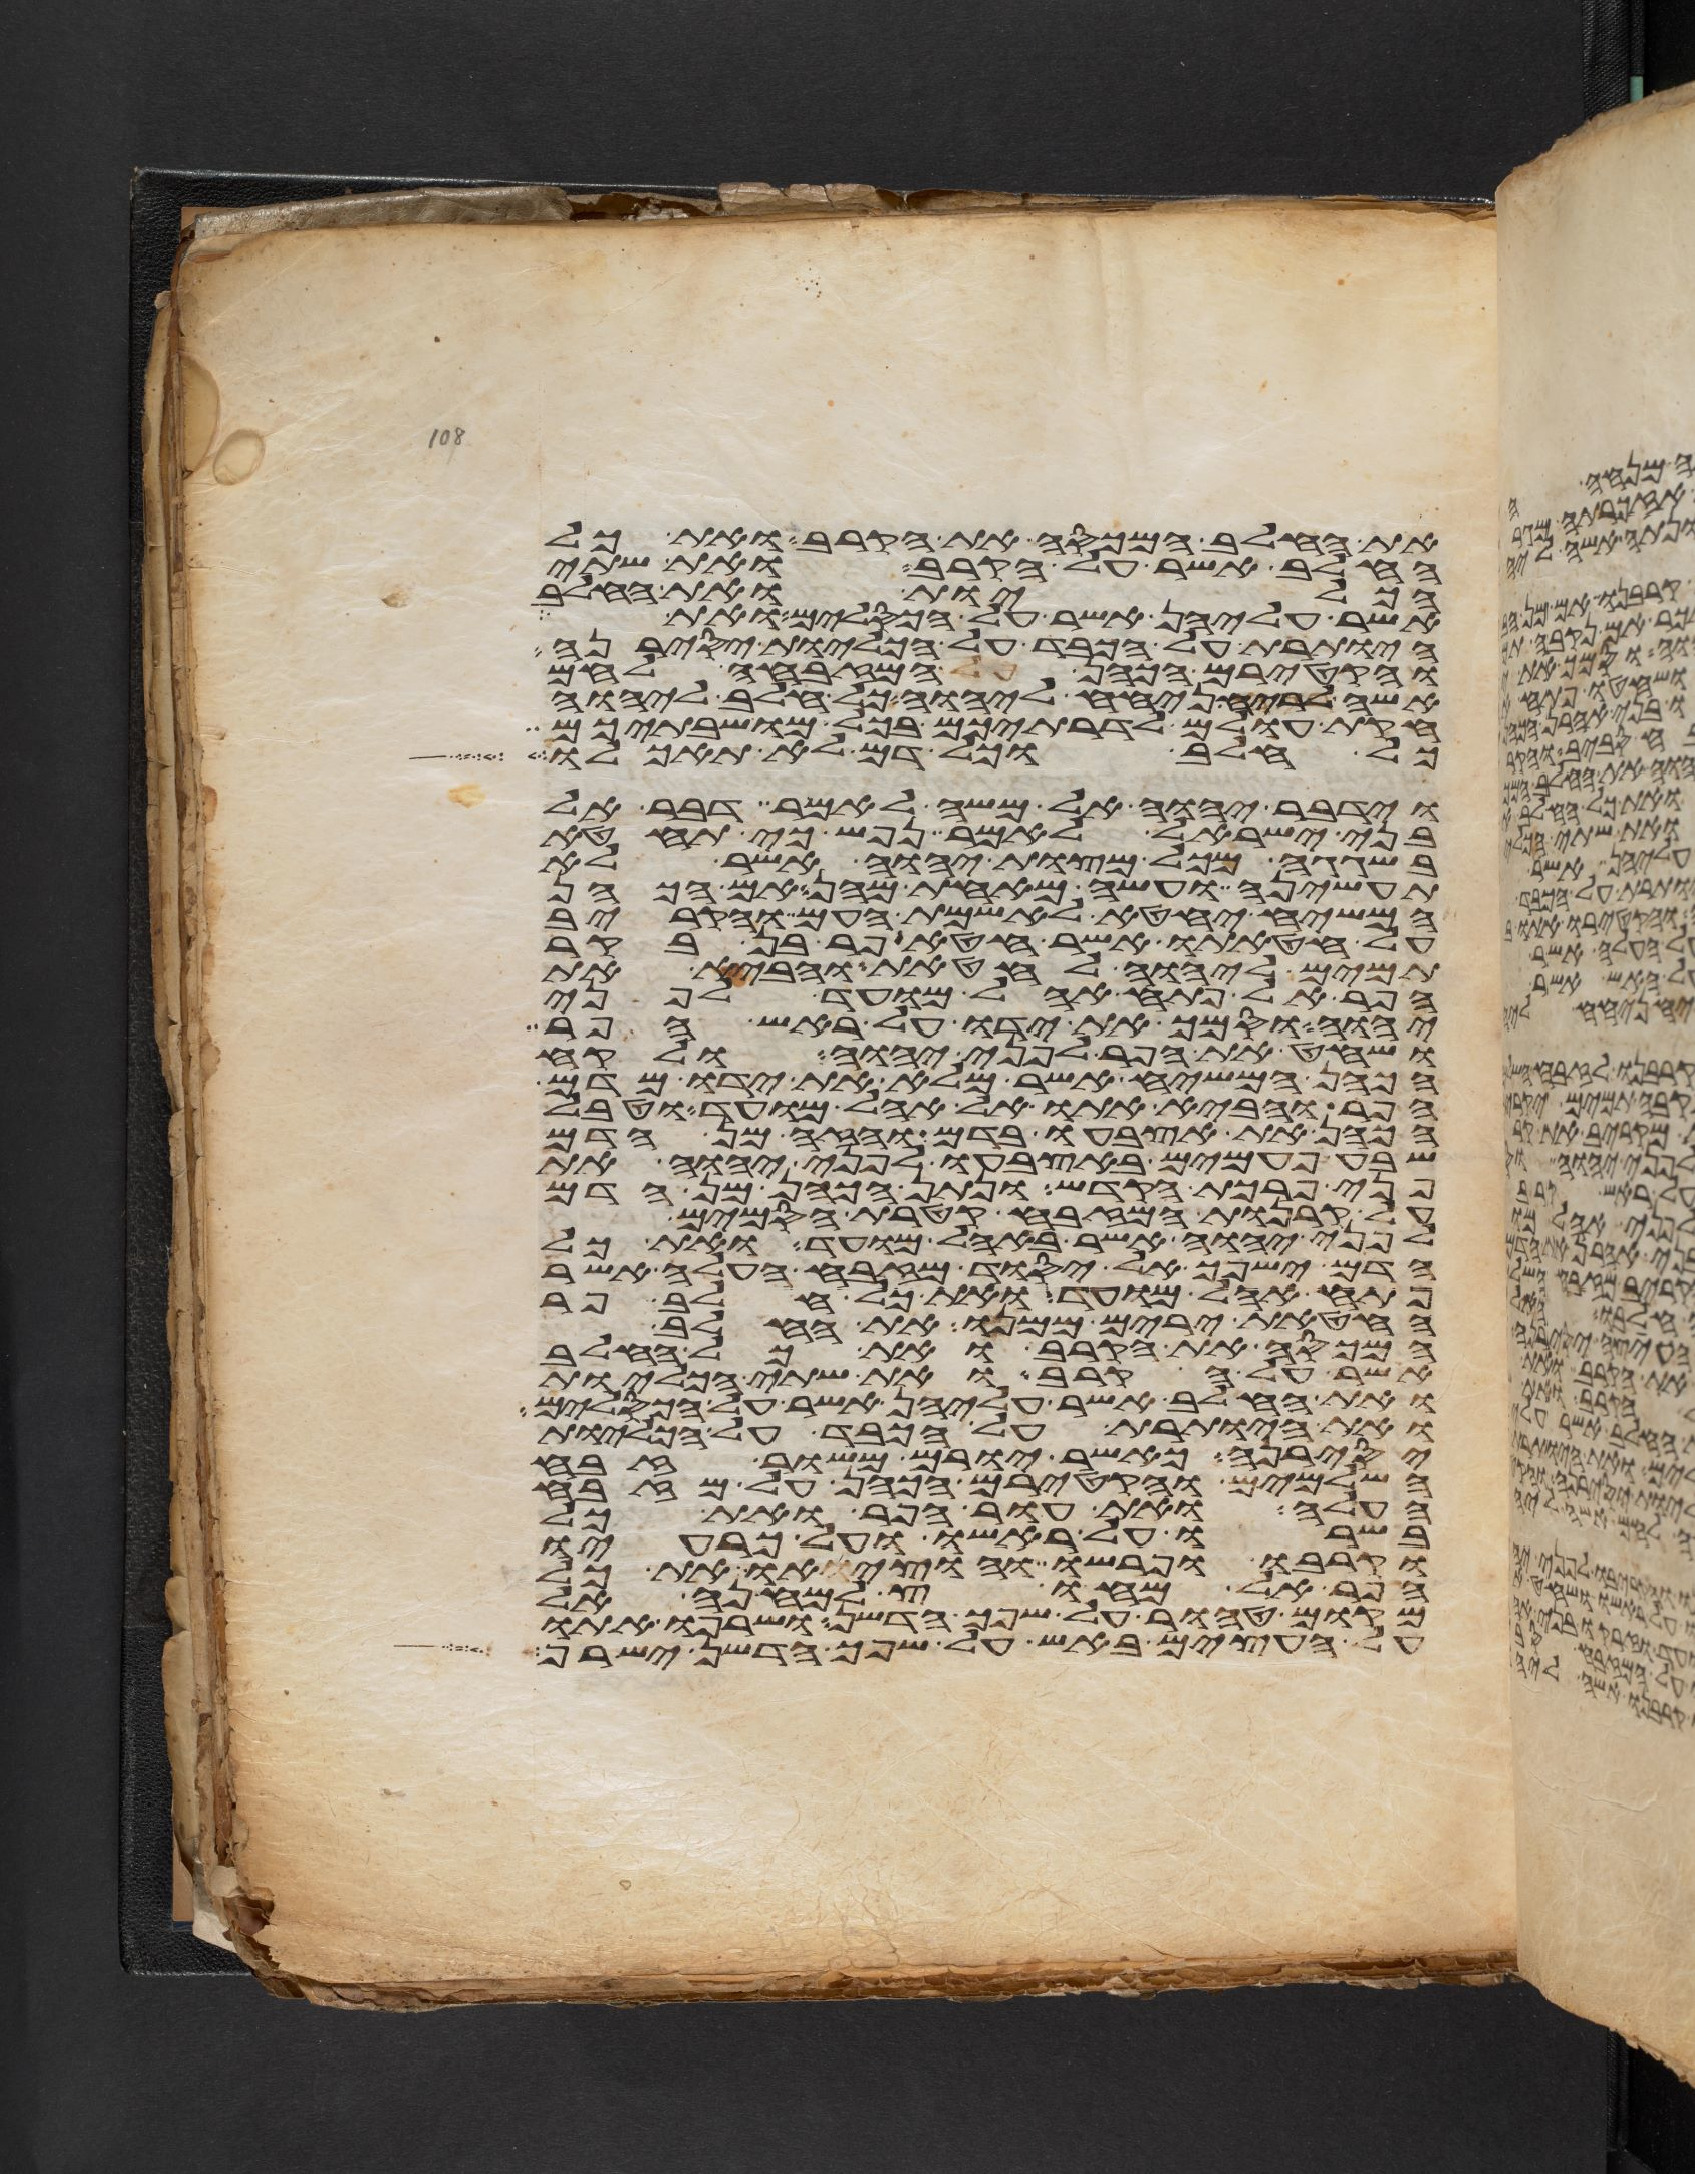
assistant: את החלב המכסה את הקרב ואת כל
החלב אשר על הקרב ואת שתי
הכליות ואת החלב
אשר עליהן אשר על הכסלים ואת
היותרת על הכבד על הכליות יסירנה
והקטירם הכהן המזבחה לחם
אשה לריח ניחח ליהוה כל חלב ליהוה
חקת עולם לדרתיכם בכל מושבתיכם
כל חלב וכל דם לא תאכלו
וידבר יהוה אל משה לאמר דבר אל
בני ישראל לאמר נפש כי תחטא
בשגגה מכל מצות יהוה אשר לא
תעשיהן ועשה מאחת מהן אם הכהן
המשיח יחטא לאשמת העם והקריב
על חטאתו אשר חטא פר בן בקר
תמים ליהוה לחטאת והביא את
הפר אל פתח אהל מועד לפני
יהוה וסמך את ידו על ראש הפר
ושחט את הפר לפני יהוה ולקח
הכהן המשיח אשר מלא את ידו מדם
הפר והביא אתו אל אהל מועד וטבל
הכהן את אצבעו בדם והזה מן הדם
שבע פעמים באצבעו לפני יהוה את
פני פרכת הקדש ונתן הכהן מן הדם
על קרנות המזבח קטרת הסמים
לפני יהוה אשר באהל מועד ואת כל
הדם ישפך אל יסוד מזבח העלה אשר
פתח אהל מועד ואת כל חלב פר
החטאת ירים ממנו את החלב
המכסה את הקרב ואת כל החלב
אשר על הקרב ואת שתי הכליות
ואת החלב אשר עליהן אשר על הכסלים
ואת היותרת על הכבד על הכליות
יסירנה כאשר יורם משור זבח
השלמים והקטירם הכהן על מזבח
העלה ואת עור הפר ואת כל
בשרו על ראשו ועל כרעיו
וקרבו ופרשו והוציאו את כל
הפר אל מחוץ למחנה אל
מקום טהור על שפך הדשן ושרפו אתו
על העצים באש על שפך הדשן ישרף